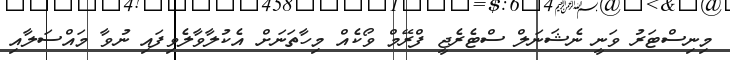
މިނިސްޓަރު ވަނީ ނެޝަނަލް ސްޓެރެޖީ ފްރޭމް ވޯކެއް މިހާތަނަށް އެކުލާވާލެވިފައި ނުވާ މައްސަލާއި